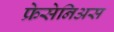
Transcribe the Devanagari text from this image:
फ्रेसेनिअस